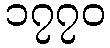
၁၇၇၀